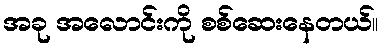
အခု အလောင်းကို စစ်ဆေးနေတယ်။